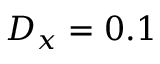
D _ { x } = 0 . 1